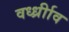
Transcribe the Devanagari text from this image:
वर्ध्ध्रीाव